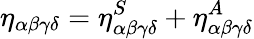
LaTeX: \eta_{\alpha\beta\gamma\delta}=\eta_{\alpha\beta\gamma\delta}^{S}+\eta_{\alpha\beta\gamma\delta}^{A}